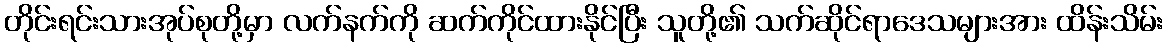
တိုင်းရင်းသားအုပ်စုတို့မှာ လက်နက်ကို ဆက်ကိုင်ထားနိုင်ပြီး သူတို့၏ သက်ဆိုင်ရာဒေသများအား ထိန်းသိမ်း